Report of the Imperial Institute of Veterinary Research, Muktesar
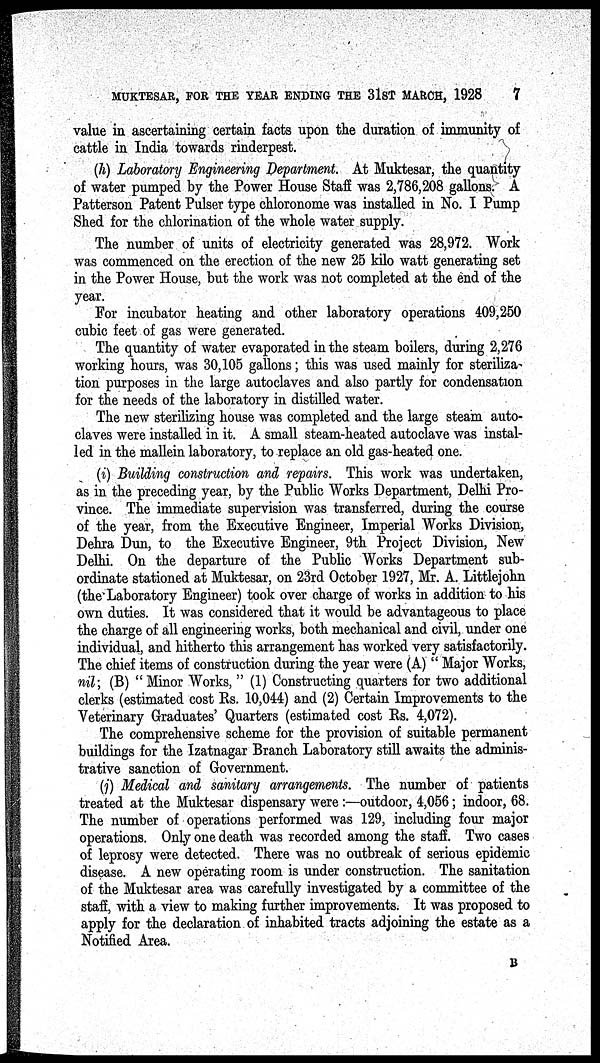
MUKTESAR, FOR THE YEAR ENDING THE 31ST MARCH, 1928
7
value in ascertaining certain facts upon the duration of immunity of
cattle in India towards rinderpest.
(h) Laboratory Engineering Department. At Muktesar, the quantity
of water pumped by the Power House Staff was 2,786,208 gallons. A
Patterson Patent Pulser type chloronome was installed in No. I Pump
Shed for the chlorination of the whole water supply.
The number of units of electricity generated was 28,972. Work
was commenced on the erection of the new 25 kilo watt generating set
in the Power House, but the work was not completed at the end of the
year.
For incubator heating and other laboratory operations 409,250
cubic feet of gas were generated.
The quantity of water evaporated in the steam boilers, during 2,276
working hours, was 30,105 gallons; this was used mainly for steriliza-
tion purposes in the large autoclaves and also partly for condensation
for the needs of the laboratory in distilled water.
The new sterilizing house was completed and the large steam auto-
claves were installed in it. A small steam-heated autoclave was instal-
led in the mallein laboratory, to replace an old gas-heated one.
(i) Building construction and repairs. This work was undertaken,
as in the preceding year, by the Public Works Department, Delhi Pro-
vince. The immediate supervision was transferred, during the course
of the year, from the Executive Engineer, Imperial Works Division,
Dehra Dun, to the Executive Engineer, 9th Project Division, New
Delhi. On the departure of the Public Works Department sub-
ordinate stationed at Muktesar, on 23rd October 1927, Mr. A. Littlejohn
(the Laboratory Engineer) took over charge of works in addition to his
own duties. It was considered that it would be advantageous to place
the charge of all engineering works, both mechanical and civil, under one
individual, and hitherto this arrangement has worked very satisfactorily.
The chief items of construction during the year were (A) "Major Works,
nil; (B) "Minor Works," (1) Constructing quarters for two additional
clerks (estimated cost Rs. 10,044) and (2) Certain Improvements to the
Veterinary Graduates' Quarters (estimated cost Rs. 4,072).
The comprehensive scheme for the provision of suitable permanent
buildings for the Izatnagar Branch Laboratory still awaits the adminis-
trative sanction of Government.
(j) Medical and sanitary arrangements. The number of patients
treated at the Muktesar dispensary were:—outdoor, 4,056 ; indoor, 68.
The number of operations performed was 129, including four major
operations. Only one death was recorded among the staff. Two cases
of leprosy were detected. There was no outbreak of serious epidemic
disease. A new operating room is under construction. The sanitation
of the Muktesar area was carefully investigated by a committee of the
staff, with a view to making further improvements. It was proposed to
apply for the declaration of inhabited tracts adjoining the estate as a
Notified Area.
B